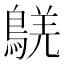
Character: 𪁸